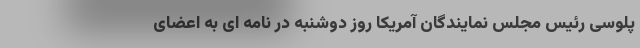
پلوسی رئیس مجلس نمایندگان آمریکا روز دوشنبه در نامه ‌ای به اعضای